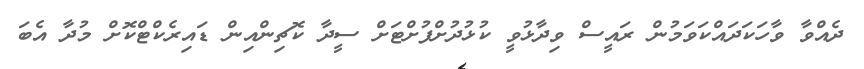
ދެއްވާ ވާހަކަދައްކަވަމުން ރައީސް ވިދާޅުވީ ކުޅުދުށްފުށްޓަށް ސީދާ ކޮޗިންއިން ޑައިރެކްޓްކޮށް މުދާ އެބަ